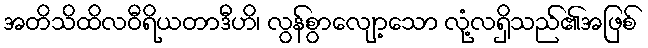
အတိသိထိလဝီရိယတာဒီဟိ၊ လွန်စွာလျော့သော လုံ့လရှိသည်၏အဖြစ်